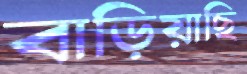
বাড়িয়াছি